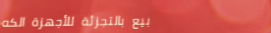
بيع بالتجزئة للأجهزة الكه